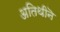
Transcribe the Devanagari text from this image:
अतिथीनॆ